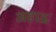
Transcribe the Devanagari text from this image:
अहाऊ